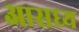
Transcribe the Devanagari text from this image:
आसध्य